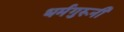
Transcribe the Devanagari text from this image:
धर्मगुरूनी